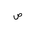
Letter: _sad